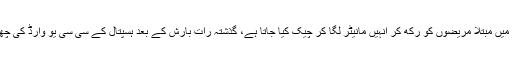
ایوب ٹیچنگ ہسپتال ایبٹ آباد کے سی سی یو جہاں پر ہارٹ اٹیک سمیت دل کے عارضہ میں مبتلا مریضوں کو رکھ کر انہیں مانیٹر لگا کر چیک کیا جاتا ہے، گذشتہ رات بارش کے بعد ہسپتال کے سی سی یو وارڈ کی چھتوں سے بارش کا پانی ٹپکنے لگا جس سے مریضوں کو لگائے گئے مانیٹر بند ہو گئے۔